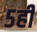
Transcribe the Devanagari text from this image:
५ही